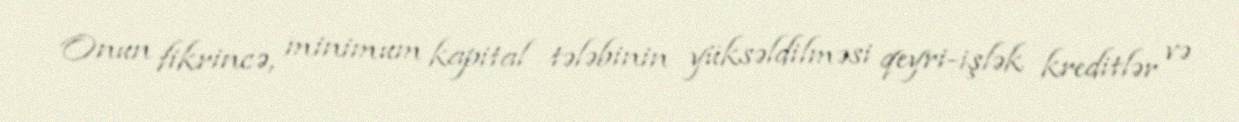
Onun fikrincə, minimum kapital tələbinin yüksəldilməsi qeyri-işlək kreditlər və